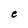
Character: e